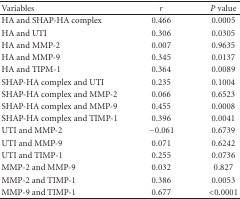
<table><thead><tr><td><b>Variables</b></td><td><b><i>r</i></b></td><td><b><i>P</i> value</b></td></tr></thead><tbody><tr><td>HA and SHAP-HA complex</td><td>0.466</td><td>0.0005</td></tr><tr><td>HA and UTI</td><td>0.306</td><td>0.0305</td></tr><tr><td>HA and MMP-2</td><td>0.007</td><td>0.9635</td></tr><tr><td>HA and MMP-9</td><td>0.345</td><td>0.0137</td></tr><tr><td>HA and TIPM-1</td><td>0.364</td><td>0.0089</td></tr><tr><td>SHAP-HA complex and UTI</td><td>0.235</td><td>0.1004</td></tr><tr><td>SHAP-HA complex and MMP-2</td><td>0.066</td><td>0.6523</td></tr><tr><td>SHAP-HA complex and MMP-9</td><td>0.455</td><td>0.0008</td></tr><tr><td>SHAP-HA complex and TIMP-1</td><td>0.396</td><td>0.0041</td></tr><tr><td>UTI and MMP-2</td><td>−0.061</td><td>0.6739</td></tr><tr><td>UTI and MMP-9</td><td>0.071</td><td>0.6242</td></tr><tr><td>UTI and TIMP-1</td><td>0.255</td><td>0.0736</td></tr><tr><td>MMP-2 and MMP-9</td><td>0.032</td><td>0.827</td></tr><tr><td>MMP-2 and TIMP-1</td><td>0.386</td><td>0.0053</td></tr><tr><td>MMP-9 and TIMP-1</td><td>0.677</td><td>&lt;0.0001</td></tr></tbody></table>